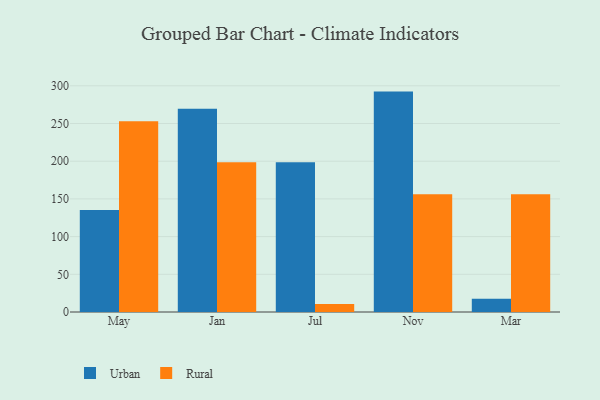
{"axis": {"x": "Month", "y": "Churn Rate (%)"}, "legend": ["Rural", "Urban"], "data": [{"x": "May", "y": 135.2, "type": "Urban"}, {"x": "May", "y": 253.0, "type": "Rural"}, {"x": "Jan", "y": 269.5, "type": "Urban"}, {"x": "Jan", "y": 198.6, "type": "Rural"}, {"x": "Jul", "y": 198.5, "type": "Urban"}, {"x": "Jul", "y": 10.5, "type": "Rural"}, {"x": "Nov", "y": 292.3, "type": "Urban"}, {"x": "Nov", "y": 156.2, "type": "Rural"}, {"x": "Mar", "y": 17.7, "type": "Urban"}, {"x": "Mar", "y": 156.3, "type": "Rural"}]}